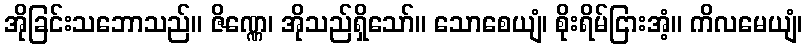
အိုခြင်းသဘောသည်။ ဇိဏ္ဏေ၊ အိုသည်ရှိသော်။ သောစေယျံ၊ စိုးရိမ်ငြားအံ့။ ကိလမေယျံ၊